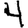
Digit: 4